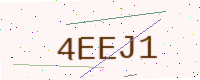
Text: 4EEJ1